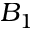
B _ { 1 }